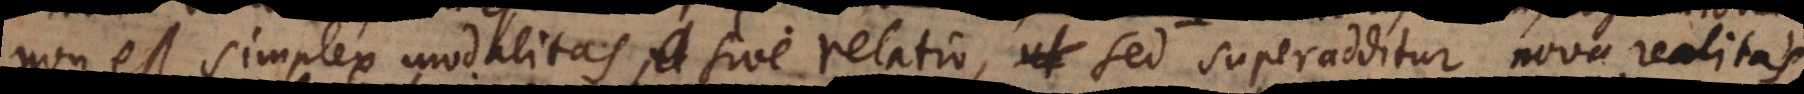
non est simplex modalitas, sive relatio, sed superadditur nova realitas,